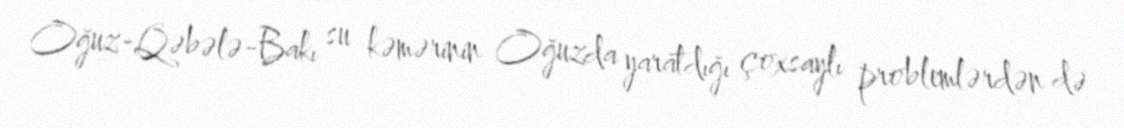
Oğuz-Qəbələ-Bakı su kəmərinin Oğuzda yaratdığı çoxsaylı problemlərdən də